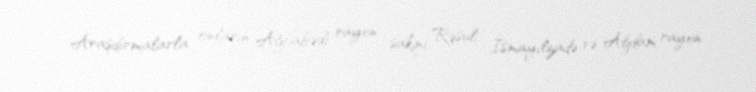
Araşdırmalarla onların Ağcabədi rayon sakini Rəsul İsmayılzadə və Ağdam rayon